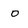
Character: 0